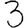
Digit: 3